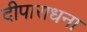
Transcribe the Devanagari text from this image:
दीपाराधना